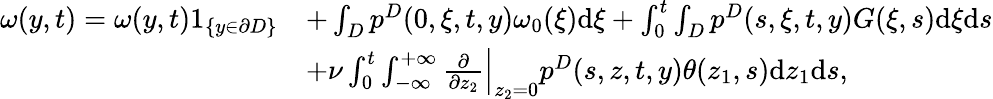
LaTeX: \begin{array}{rl}{\omega(y,t)=\omega(y,t)1_{\{ y\in\partial D\} }}&{+\int_{D}p^{D}(0,\xi,t,y)\omega_{0}(\xi)\textrm{d}\xi+\int_{0}^{t}\int_{D}p^{D}(s,\xi,t,y)G(\xi,s)\textrm{d}\xi\textrm{d}s}\\ &{+\nu\int_{0}^{t}\int_{-\infty}^{+\infty}\frac{\partial}{\partial z_{2}}\Big|_{z_{2}=0}p^{D}(s,z,t,y)\theta(z_{1},s)\textrm{d}z_{1}\textrm{d}s,}\end{array}